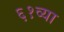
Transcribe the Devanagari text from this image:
६१व्या